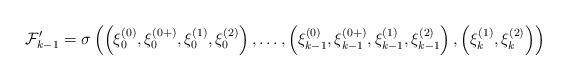
LaTeX: \begin{align*}\mathcal{F}^\prime_{k-1}=\sigma\left( \left(\xi^{(0)}_0, {\xi^{(0+)}_{0}},\xi^{(1)}_0, \xi^{(2)}_0\right), \dots, \left(\xi^{(0)}_{k-1}, {\xi^{(0+)}_{k-1}},\xi^{(1)}_{k-1}, \xi^{(2)}_{k-1}\right), \left(\xi^{(1)}_k, \xi^{(2)}_k\right) \right) \end{align*}